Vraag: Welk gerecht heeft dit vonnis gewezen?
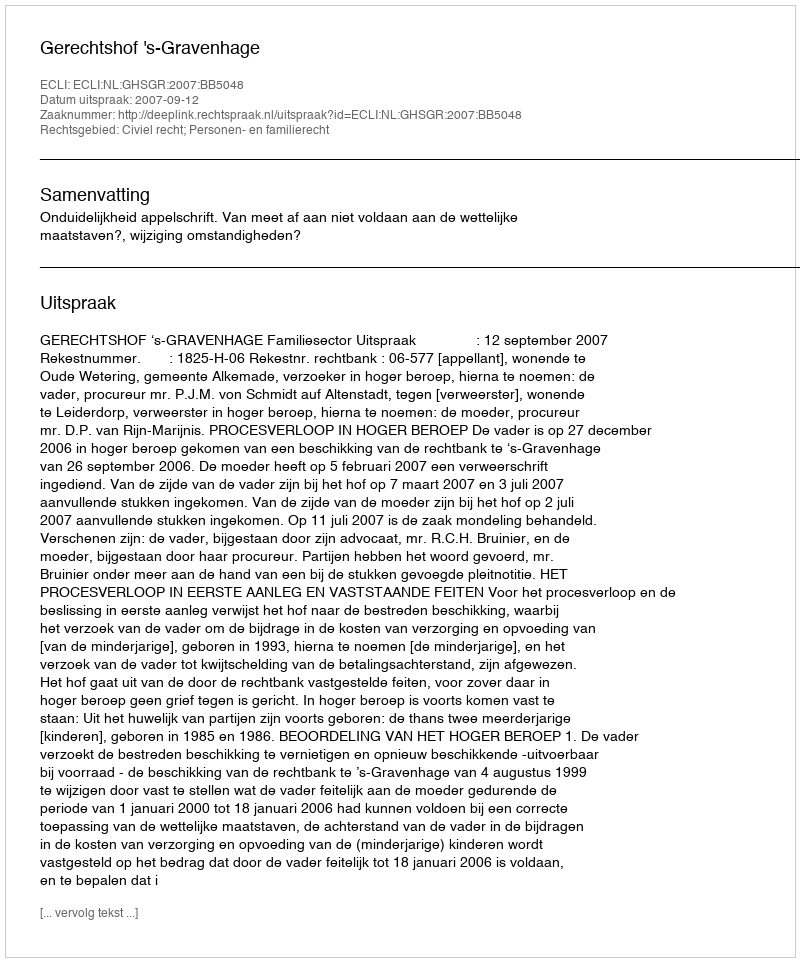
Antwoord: Gerechtshof 's-Gravenhage